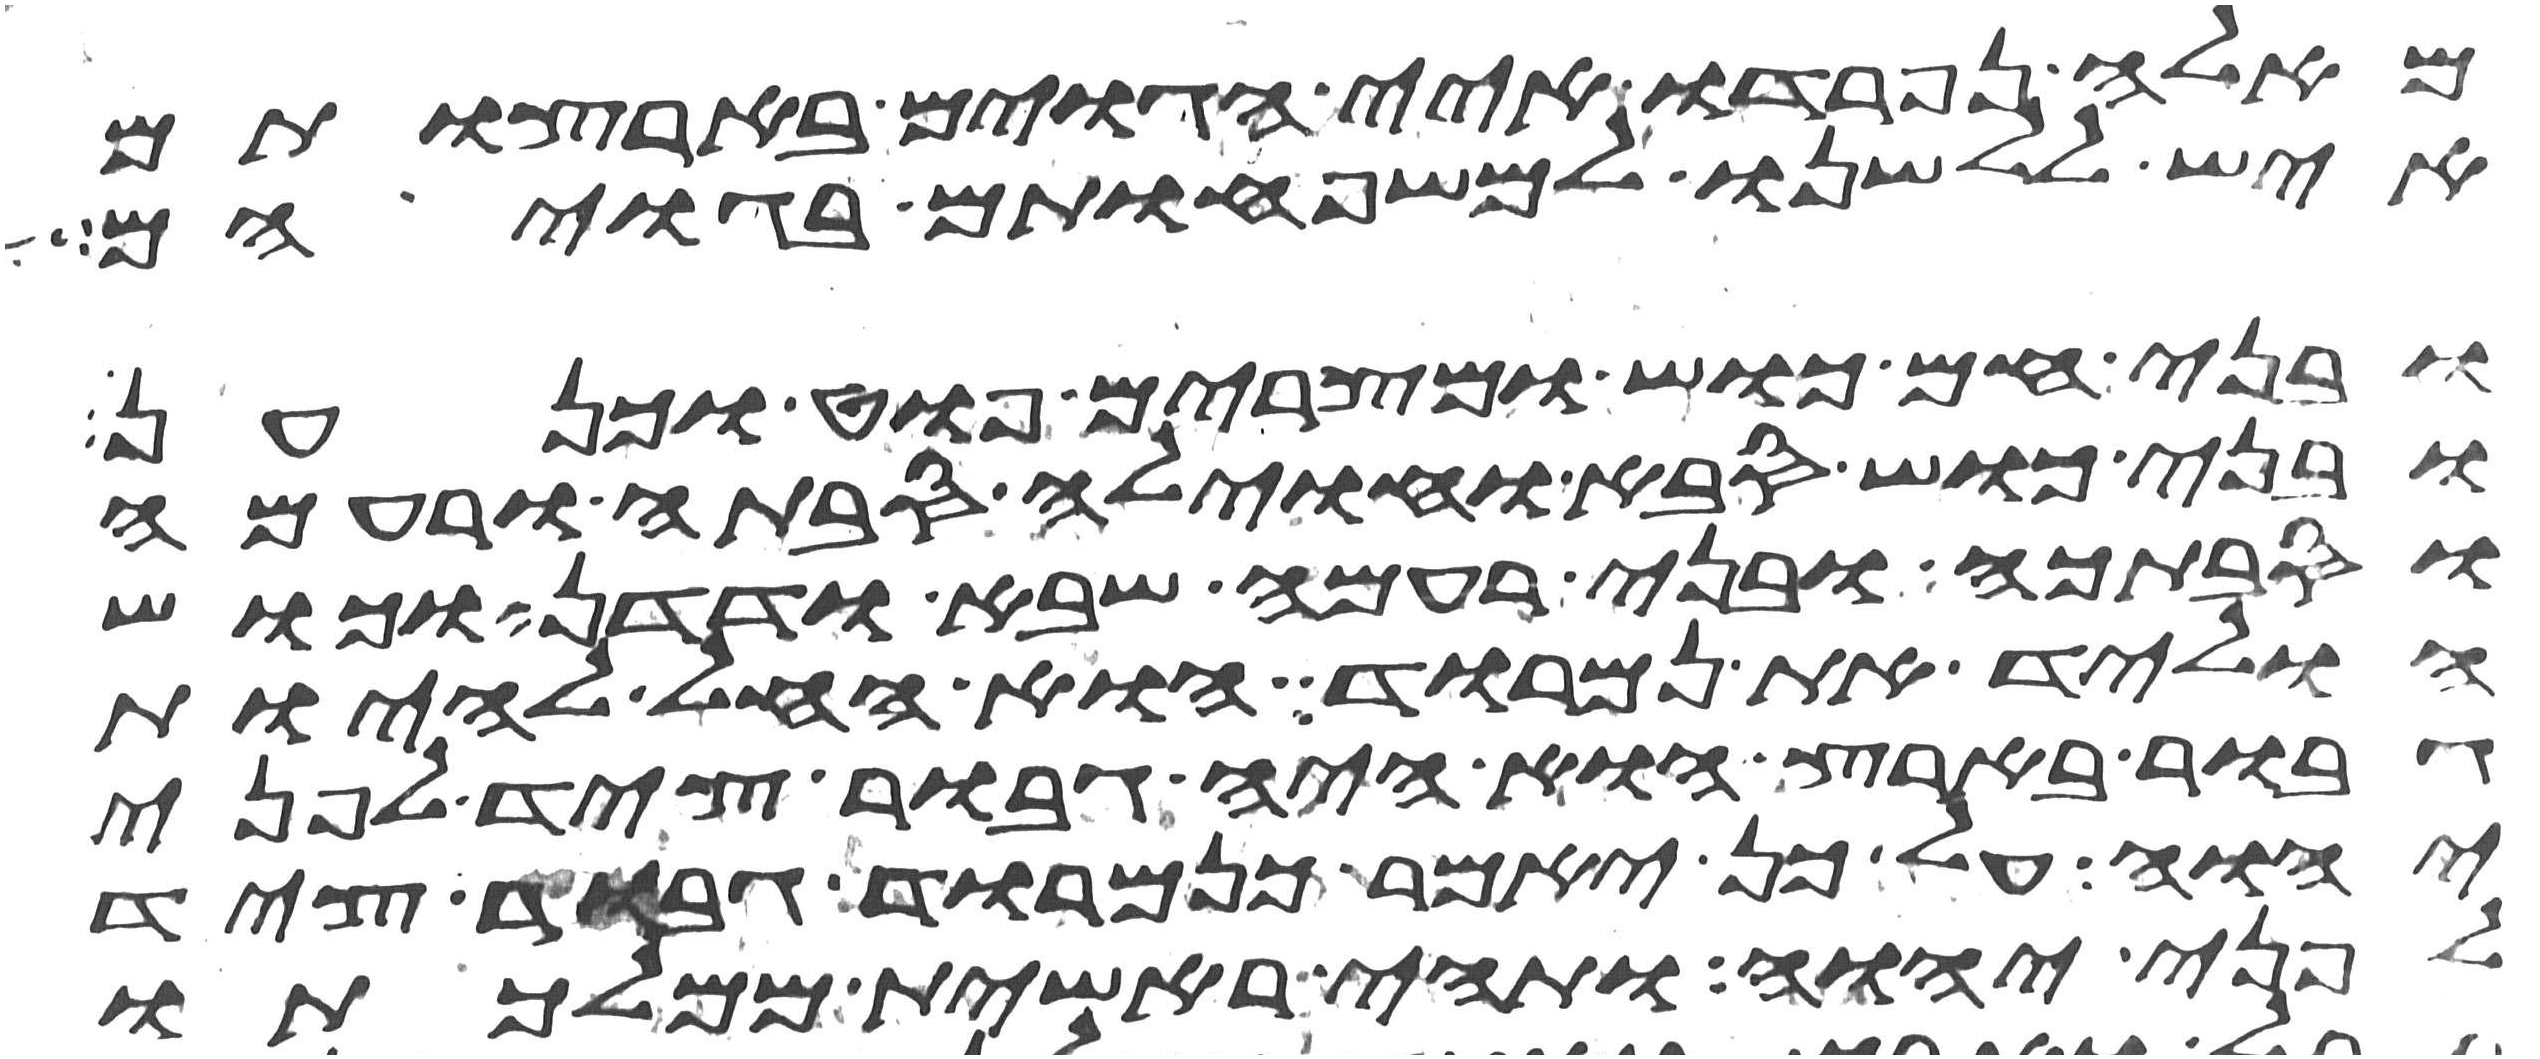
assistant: מאלה נפרדו איי הגוים בארצותם
איש ללשנו למשפחותם בגויהם
ובני חם כוש ומצרים פוט וכנען
ובני כוש סבה וחוילה סבתה ורעמה
וסבתכה ובני רעמה שבא ודדן וכוש
הוליד את נמרוד הוא החל להיות
גבור בארץ הוא היה גבור ציד לפני
יהוה על כן יאמר כנמרוד גבור ציד
לפני יהוה ותהי ראשית ממלכתו